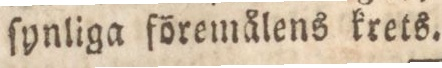
ſynliga föremålens krets.